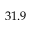
3 1 . 9